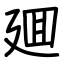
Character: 廽